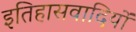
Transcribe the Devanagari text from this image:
इतिहासवादियों